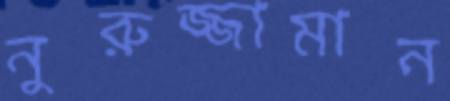
নুরুজ্জামান